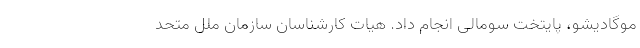
موگادیشو، پایتخت سومالی انجام داد. هیات کارشناسان سازمان ملل متحد